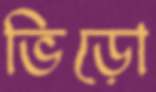
ভিড়ো